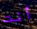
أنت